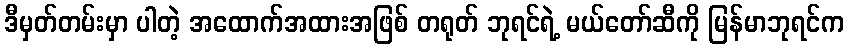
ဒီမှတ်တမ်းမှာ ပါတဲ့ အထောက်အထားအဖြစ် တရုတ် ဘုရင်ရဲ့ မယ်တော်ဆီကို မြန်မာဘုရင်က